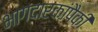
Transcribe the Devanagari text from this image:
भागदारकांपैकी